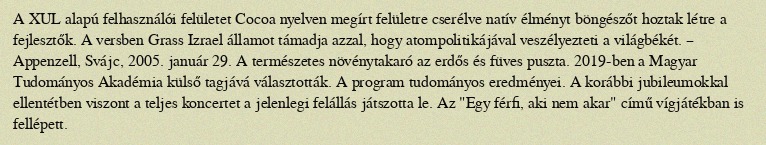
A XUL alapú felhasználói felületet Cocoa nyelven megírt felületre cserélve natív élményt böngészőt hoztak létre a fejlesztők. A versben Grass Izrael államot támadja azzal, hogy atompolitikájával veszélyezteti a világbékét. – Appenzell, Svájc, 2005. január 29. A természetes növénytakaró az erdős és füves puszta. 2019-ben a Magyar Tudományos Akadémia külső tagjává választották. A program tudományos eredményei. A korábbi jubileumokkal ellentétben viszont a teljes koncertet a jelenlegi felállás játszotta le. Az "Egy férfi, aki nem akar" című vígjátékban is fellépett.